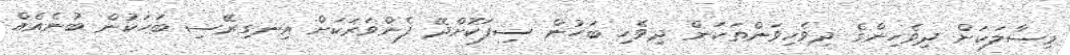
މިސާލަކަށް ދިވެހިންގެ ދިވެހިވަންތަކަން ދިވެހި ބަހުން ސިފަކޮށްދޭ ފެންވަރަކަށް އިނގިރޭސި ބަހަކުން ބުނެއެއް